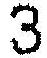
3